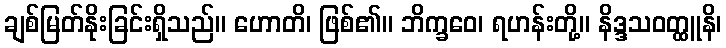
ချစ်မြတ်နိုးခြင်းရှိသည်။ ဟောတိ၊ ဖြစ်၏။ ဘိက္ခဝေ၊ ရဟန်းတို့။ နိဒ္ဒသဝတ္ထူနိ၊